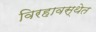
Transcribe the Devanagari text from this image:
विरहावस्थेत